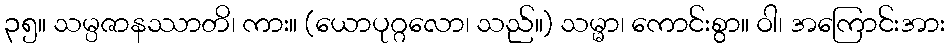
၃၅။ သမ္ပဇာနဿာတိ၊ ကား။ (ယောပုဂ္ဂလော၊ သည်။) သမ္မာ၊ ကောင်းစွာ။ ဝါ၊ အကြောင်းအား